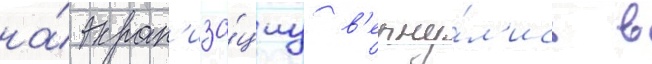
на́ экран'иза́циу в'ерну́л'ись в